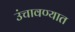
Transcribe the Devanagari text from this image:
उंचावण्यात